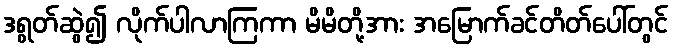
ဒရွတ်ဆွဲ၍ လိုက်ပါလာကြကာ မိမိတို့အား အမြောက်ခင်တိတ်ပေါ်တွင်